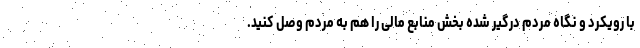
با رویکرد و نگاه مردم درگیر شده بخش منابع مالی را هم به مردم وصل کنید.